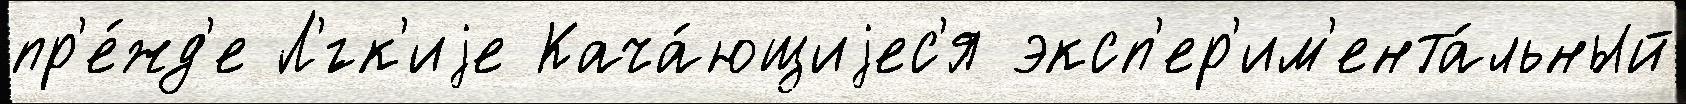
пр'е́жд'е Л'́гк'иjе Кача́ющиjес'я эксп'ер'им'ента́льный